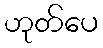
ဟုတ်ပေ